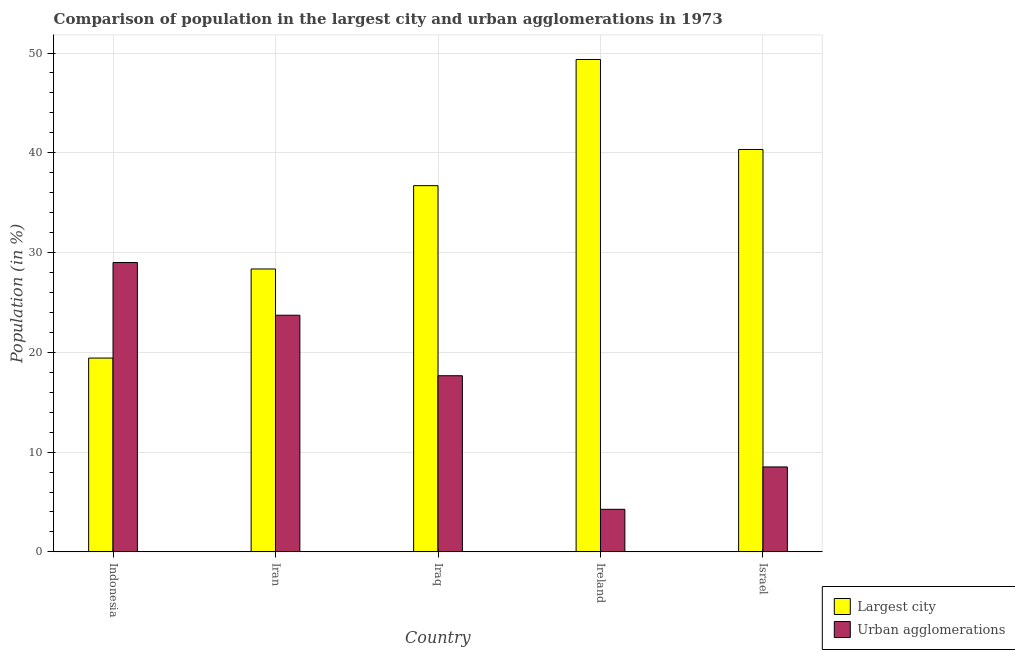
| Country | Largest city | Urban agglomerations |
 | --- | --- | --- |
 | Indonesia | 19.4 | 29 |
 | Iran | 28.4 | 23.7 |
 | Iraq | 36.7 | 17.7 |
 | Ireland | 49.4 | 4.27 |
 | Israel | 40.3 | 8.51 |